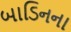
બાડિનના